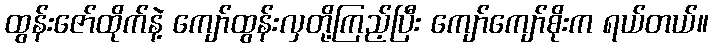
ထွန်းဇော်ထိုက်နဲ့ ကျော်ထွန်းလှတို့ကြည့်ပြီး ကျော်ကျော်စိုးက ရယ်တယ်။